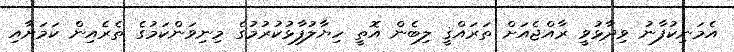
އެމަނިކުފާނު ވިދާޅުވީ ރާއްޖެއަށް ތަރައްޤީ ލިބެން އޮތީ ހިޔާލުފާޅުކުރުމުގެ މިނިވަންކަމުގެ ތެރެއިން ކަމަށާއި